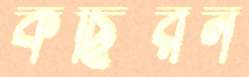
কছিরন